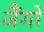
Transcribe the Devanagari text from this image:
जैंगो